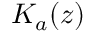
K _ { a } ( z )